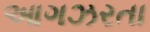
આગઝરતા